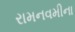
રામનવમીના